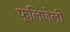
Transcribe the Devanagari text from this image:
फ्लिजेली